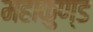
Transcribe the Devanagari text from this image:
महाकुण्ड